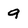
Character: 9